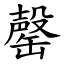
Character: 罄